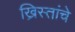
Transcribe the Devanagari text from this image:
ख्रिस्तांचे